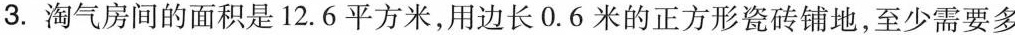
3.淘气房间的面积是12.6平方米，用边长0.6米的正方形瓷砖铺地，至少需要多少